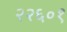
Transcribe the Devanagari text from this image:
२२६०१